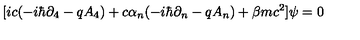
\lbrack i c ( - i \hbar \partial _ { 4 } - q A _ { 4 } ) + c \alpha _ { n } ( - i \hbar \partial _ { n } - q A _ { n } ) + \beta m c ^ { 2 } ] \psi = 0